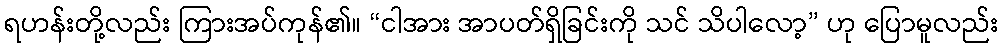
ရဟန်းတို့လည်း ကြားအပ်ကုန်၏။ “ငါအား အာပတ်ရှိခြင်းကို သင် သိပါလော့” ဟု ပြောမူလည်း